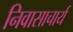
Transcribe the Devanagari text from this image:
निवासाचार्य